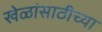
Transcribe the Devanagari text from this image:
खेळांसाठीच्या